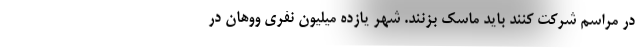
در مراسم شرکت کنند باید ماسک بزنند. شهر یازده میلیون نفری ووهان در